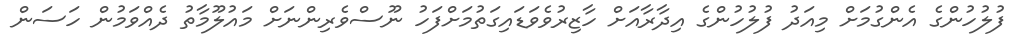
ފުލުހުންގެ އެންގުމަށް މިއަދު ފުލުހުންގެ އިދާރާއަށް ހާޒިރުވެވަޑައިގަތުމަށްފަހު ނޫސްވެރިންނަށް މައުލޫމާތު ދެއްވަމުން ހަސަން